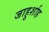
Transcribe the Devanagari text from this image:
जाहुर्शाह